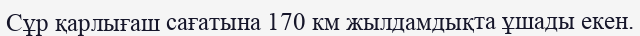
Сұр қарлығаш сағатына 170 км жылдамдықта ұшады екен.